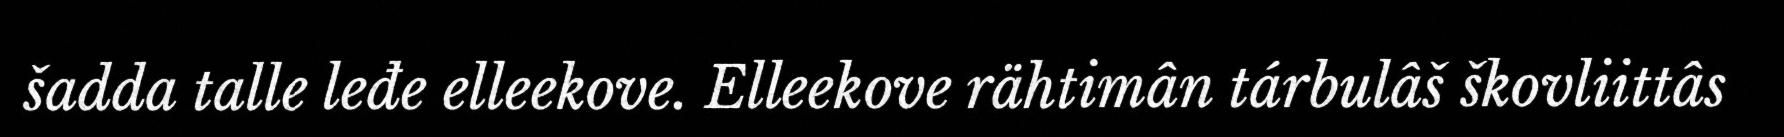
šadda talle leđe elleekove. Elleekove rähtimân tárbulâš škovliittâs